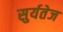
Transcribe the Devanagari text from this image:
सुर्यतेज